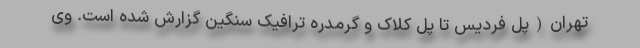
تهران(پل فردیس تا پل کلاک و گرمدره ترافیک سنگین گزارش شده است. وی